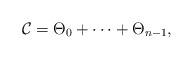
LaTeX: \begin{align*}{\cal C} =\Theta_0 + \cdots + \Theta_{n-1},\end{align*}